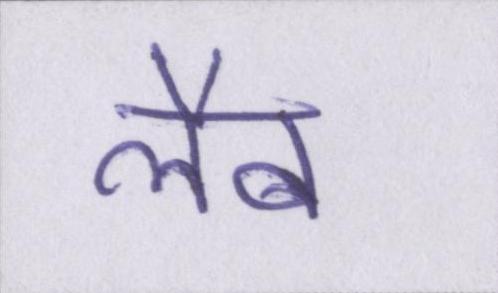
लैब